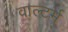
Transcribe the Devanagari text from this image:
वाल्टर्म